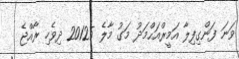
ވަނަ ފަންގިފިލާ އަމީރްއަޙްމަދު މަގު މާލެ 20125 ދިވެހި ރާއްޖެ